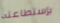
بإستطاعته